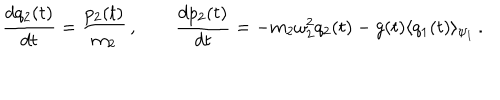
\frac { d q _ { 2 } ( t ) } { d t } = \frac { p _ { 2 } ( t ) } { m _ { 2 } } \, , \qquad \frac { d p _ { 2 } ( t ) } { d t } = - m _ { 2 } \omega _ { 2 } ^ { 2 } q _ { 2 } ( t ) - g ( t ) \langle q _ { 1 } ( t ) \rangle _ { \psi _ { 1 } } \, .